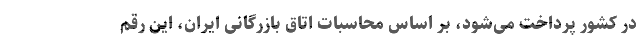
در کشور پرداخت می‌شود، بر اساس محاسبات اتاق بازرگانی ایران، این رقم